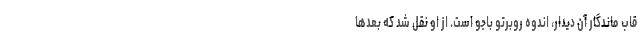
قاب ماندگار آن دیدار، اندوه روبرتو باجو است. از او نقل شد که بعدها